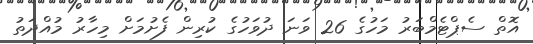
އޮތް ސެޕްޓެމްބަރު މަހުގެ 26 ވަނަ ދުވަހުގެ ކުރިން ފެށުމަށް މިހާރު މުއްދަތު